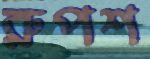
রুপশ